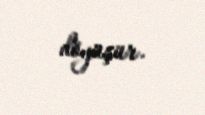
döyüşür.